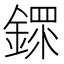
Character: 䤽